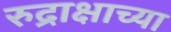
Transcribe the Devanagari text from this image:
रुद्राक्षाच्या